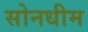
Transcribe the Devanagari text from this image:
सोनधीम